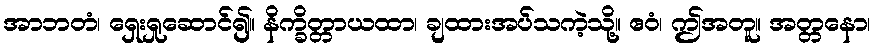
အာဘတံ၊ ရှေးရှုဆောင်၍။ နိက္ခိတ္တာယထာ၊ ချထားအပ်သကဲ့သို့။ ဧဝံ၊ ဤအတူ။ အတ္တနော၊